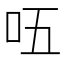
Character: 㕶